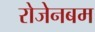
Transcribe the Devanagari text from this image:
रोजेनबम